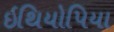
ઇથિયોપિયા